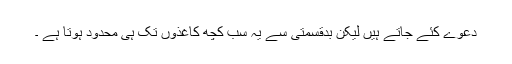
دعوے کئے جاتے ہیں لیکن بدقسمتی سے یہ سب کچھ کاغذوں تک ہی محدود ہوتا ہے ۔